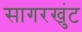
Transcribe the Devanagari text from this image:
सागरखुंट